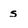
Character: s